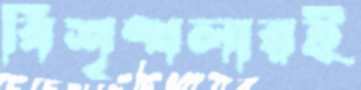
বিশৃঙ্খলারই